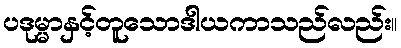
ပဒုမ္မာနှင့်တူသောဒါယကာသည်လည်း။